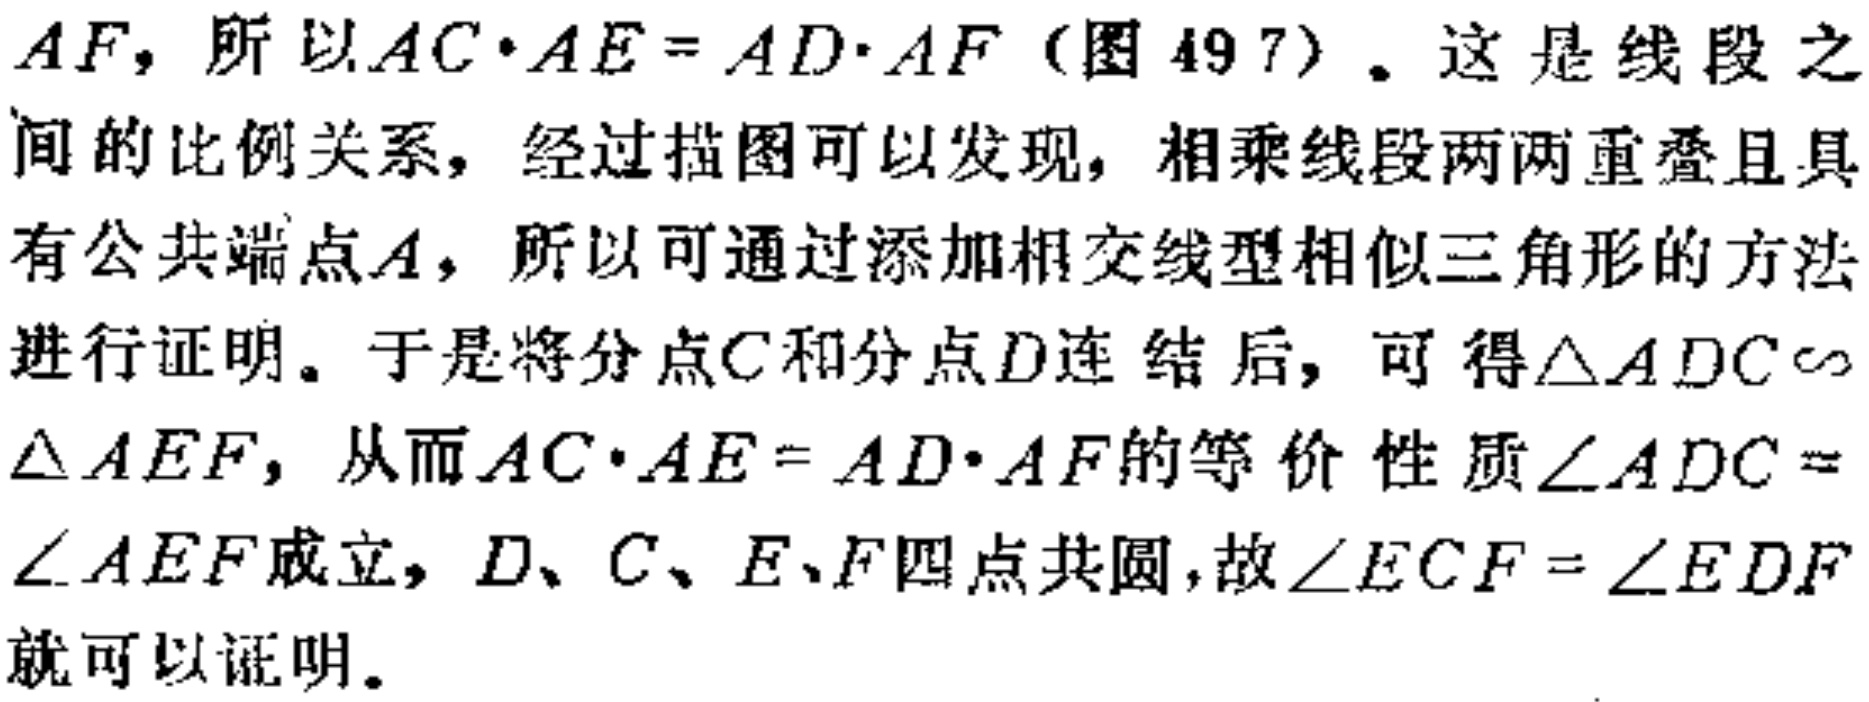
$AF，所以AC\cdot AE = AD\cdot AF（图49 7）。这是线段之$
$间的比例关系，经过描图可以发现，相乘线段两两重叠且具$
$有公共端点A，所以可通过添加相交线型相似三角形的方法$
$进行证明。于是将分点C和分点D连 结 后，可得\triangle ADC\sim$
$\triangle AEF，从而AC\cdot AE = AD\cdot AF的等价性质\angle ADC =$
$\angle AEF成立，D、C、E、F四点共圆，故\angle ECF = \angle EDF$
$就可以证明。$